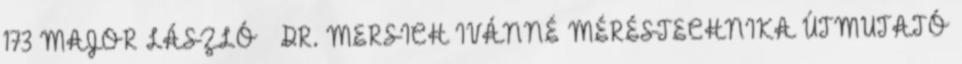
173 MAJOR LÁSZLÓ – DR. MERSICH IVÁNNÉ MÉRÉSTECHNIKA ÚTMUTATÓ